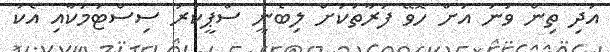
އަދި ތިން ވަނަ އަށް ހޮވޭ ފަރާތަކަށް ލިބެނީ ސްޕީކަރު ސިސްޓަމަކާއި އެކު